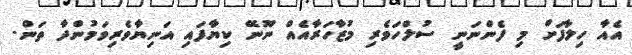
އެއާ ހިލާފަށް މި ފެންނަނީ ސުލްހަވެރި މުޒާހަރާއެއް ނޫނޭ ކިޔާފައި އަނިޔާވެރިވަމުންދާ ތަން.